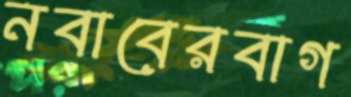
নবাবেরবাগ